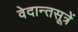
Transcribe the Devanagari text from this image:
वेदान्तसूत्रें